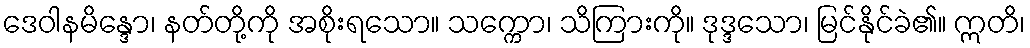
ဒေဝါနမိန္ဒော၊ နတ်တို့ကို အစိုးရသော။ သက္ကော၊ သိကြားကို။ ဒုဒ္ဒသော၊ မြင်နိုင်ခဲ၏။ ဣတိ၊